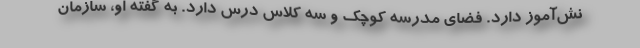
نش‌آموز دارد. فضای مدرسه کوچک و سه کلاس درس دارد. به گفته او، سازمان